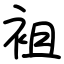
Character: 袓